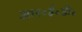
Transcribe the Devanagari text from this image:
आर॰ई॰डी॰